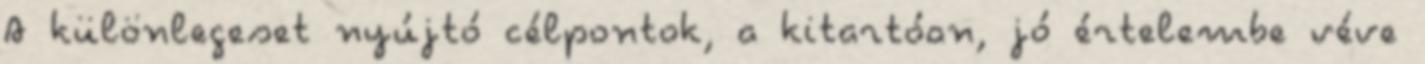
A különlegeset nyújtó célpontok, a kitartóan, jó értelembe véve